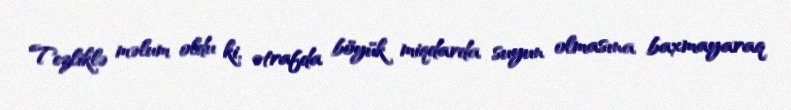
Tezliklə məlum oldu ki, ətrafda böyük miqdarda suyun olmasına baxmayaraq